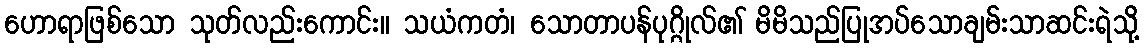
ဟောရာဖြစ်သော သုတ်လည်းကောင်း။ သယံကတံ၊ သောတာပန်ပုဂ္ဂိုလ်၏ မိမိသည်ပြုအပ်သောချမ်းသာဆင်းရဲသို့